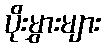
ပိုးမွှားများ